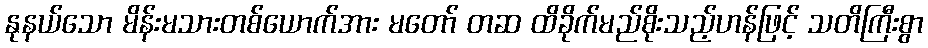
နုနယ်သော မိန်းမသားတစ်ယောက်အား မတော် တဆ ထိခိုက်မည်စိုးသည့်ဟန်ဖြင့် သတိကြီးစွာ